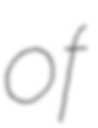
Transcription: of